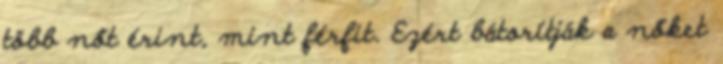
több nőt érint, mint férfit. Ezért bátorítják a nőket